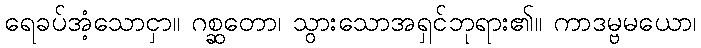
ရေခပ်အံ့သောငှာ။ ဂစ္ဆတော၊ သွားသောအရှင်ဘုရား၏။ ကာဒမ္ဗမယော၊